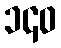
၁၄၀